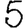
Digit: 5